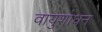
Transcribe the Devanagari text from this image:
वायुशोधन